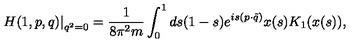
\left. H ( 1 , p , q ) \right| _ { q ^ { 2 } = 0 } = \frac { 1 } { 8 \pi ^ { 2 } m } \int _ { 0 } ^ { 1 } d s ( 1 - s ) e ^ { i s ( p \cdot \tilde { q } ) } x ( s ) K _ { 1 } ( x ( s ) ) ,